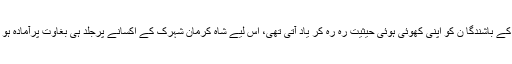
وہاں کے باشندگا ن کو اپنی کھوئی ہوئی حیثیت رہ رہ کر یاد آتی تھی، اس لیے شاہ کرمان شہرک کے اکسانے پرجلد ہی بغاوت پرآمادہ ہو گئے۔